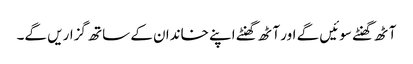
آٹھ گھنٹے سوئیں گے اور آٹھ گھنٹے اپنے خاندان کے ساتھ گزاریں گے۔